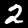
Label: 2